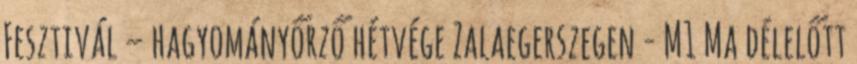
Fesztivál – hagyományőrző hétvége Zalaegerszegen - M1 Ma délelőtt